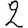
Digit: 2